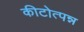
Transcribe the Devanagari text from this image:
कीटोत्पन्न